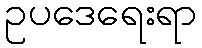
ဥပဒေရေးရာ